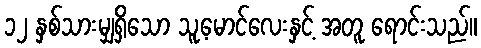
၁၂ နှစ်သားမျှရှိသော သူ့မောင်လေးနှင့် အတူ ရောင်းသည်။